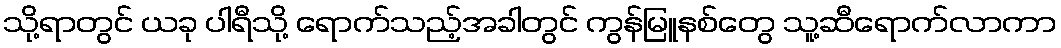
သို့ရာတွင် ယခု ပါရီသို့ ရောက်သည့်အခါတွင် ကွန်မြူနစ်တွေ သူ့ဆီရောက်လာကာ